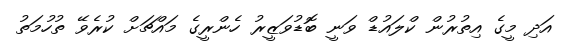
އަދި މީގެ އިތުރުން ކްލައުޑް ވަނީ ބޮޑުވަޒީރު ހެންރީގެ މައްޗަށް ކުރެވޭ ތުހުމަތު